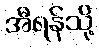
အီရန်သို့